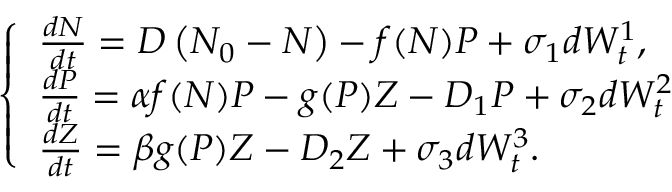
\left\{ \begin{array} { l } { \frac { d N } { d t } = D \left( N _ { 0 } - N \right) - f ( N ) P + \sigma _ { 1 } d W _ { t } ^ { 1 } , } \\ { \frac { d P } { d t } = \alpha f ( N ) P - g ( P ) Z - D _ { 1 } P + \sigma _ { 2 } d W _ { t } ^ { 2 } } \\ { \frac { d Z } { d t } = \beta g ( P ) Z - D _ { 2 } Z + \sigma _ { 3 } d W _ { t } ^ { 3 } . } \end{array} \right.